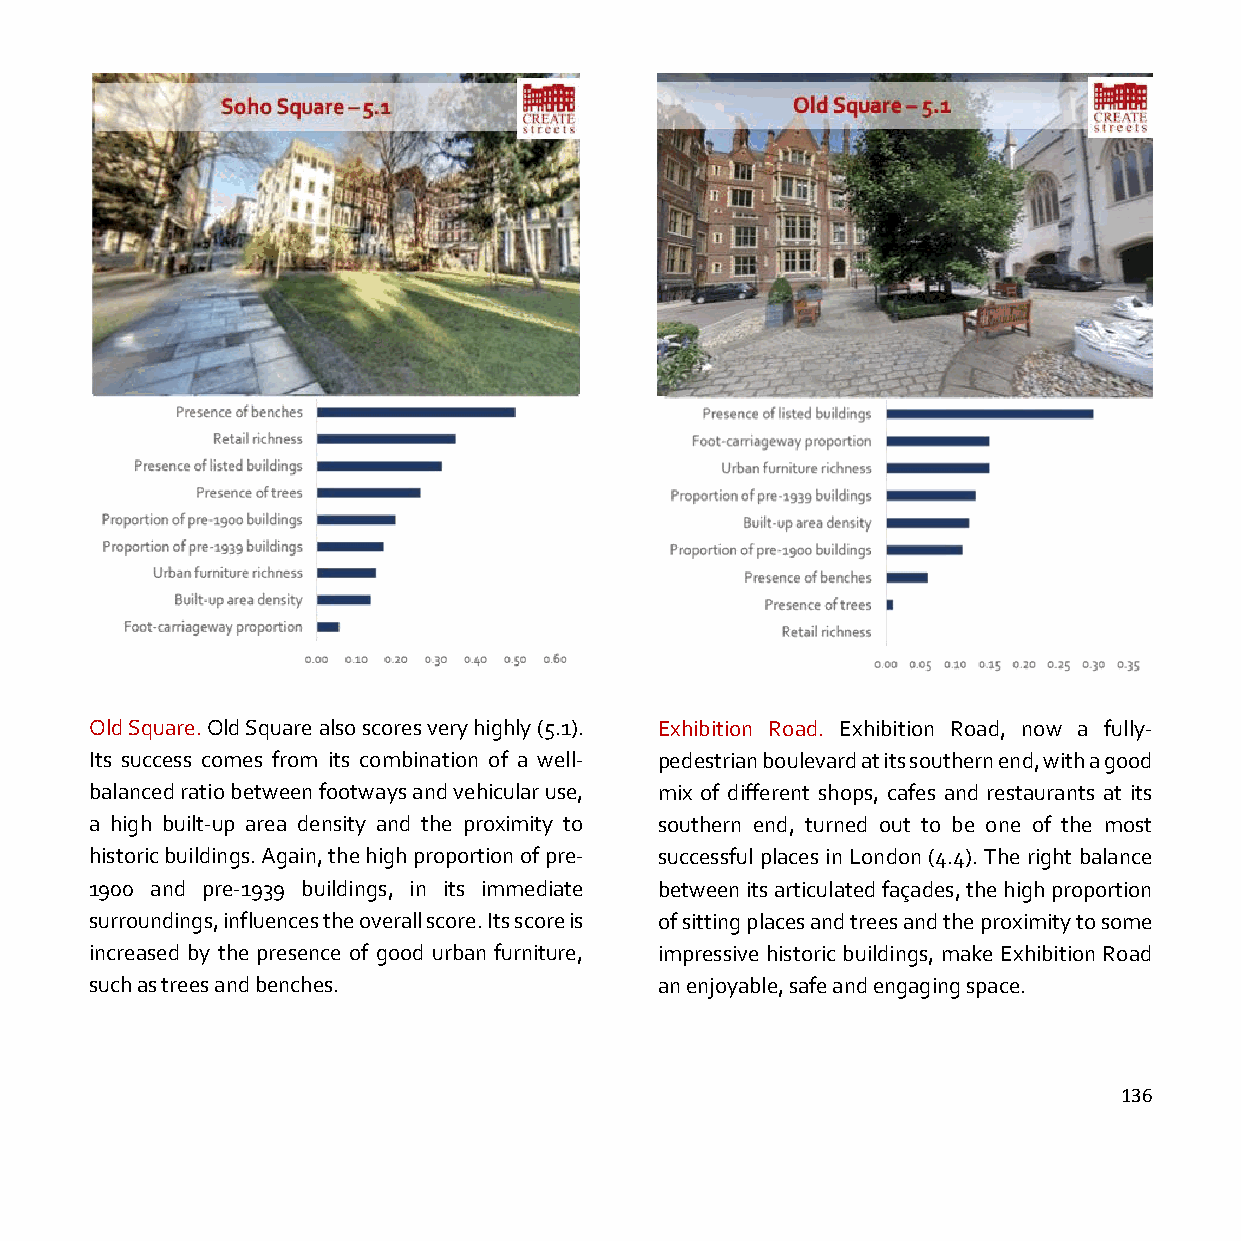
Old Square. Old Square also scores very highly (5.1). Exhibition Road. Exhibition Road, now a fully-
 Its success comes from its combination of a well- pedestrian boulevard at its southern end, with a good
 balanced ratio between footways and vehicular use, mix of different shops, cafes and restaurants at its
 a high built-up area density and the proximity to southern end, turned out to be one of the most
 historic buildings. Again, the high proportion of pre- successful places in London (4.4). The right balance
 1900 and pre-1939 buildings, in its immediate between its articulated façades, the high proportion
 surroundings, influences the overall score. Its score is of sitting places and trees and the proximity to some
 increased by the presence of good urban furniture, impressive historic buildings, make Exhibition Road
 such as trees and benches.            an enjoyable, safe and engaging space.
 136